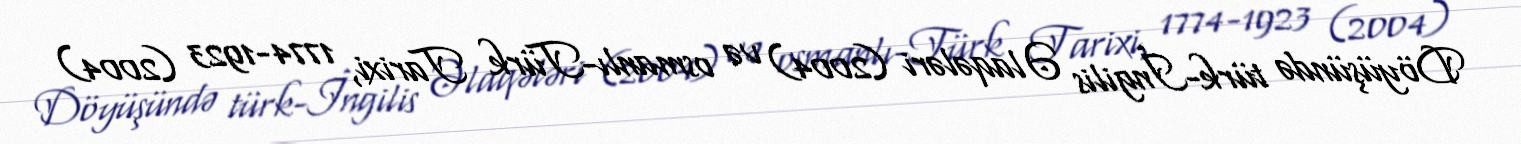
Döyüşündə türk-İngilis Əlaqələri (2004) və osmanlı-Türk Tarixi, 1774-1923 (2004)